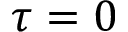
\tau = 0